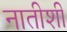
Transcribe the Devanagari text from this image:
नातीशी